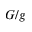
G / g